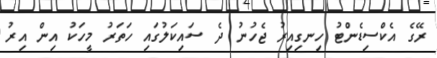
ރޭގެ އެކްސިޑެންޓު ހިނގިއިރު ޖެހުނު ދެ ސައިކަލުގައި ހަތަރު މީހަކު އިން އިރު